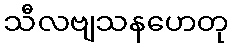
သီလဗျသနဟေတု